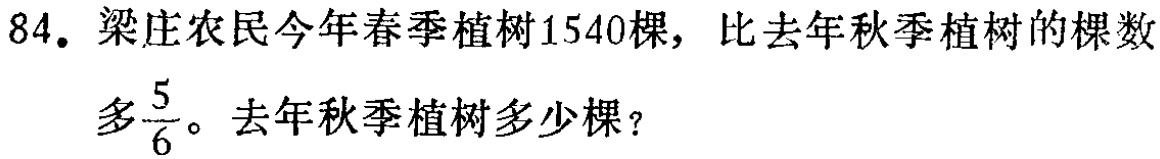
84. 梁庄农民今年春季植树1540棵，比去年秋季植树的棵数多$\frac{5}{6}$。去年秋季植树多少棵？